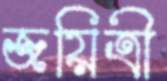
জয়িত্রী